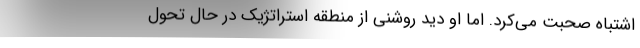
اشتباه صحبت می‌کرد. اما او دید روشنی از منطقه استراتژیک در حال تحول